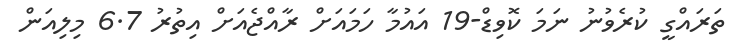
ތަރައްގީ ކުރެވުނު ނަމަ ކޮވިޑް-19 އައުމާ ހަމައަށް ރާއްޖެއަށް އިތުރު 6.7 މިލިއަން